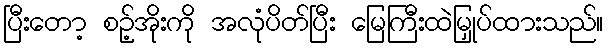
ပြီးတော့ စဉ့်အိုးကို အလုံပိတ်ပြီး မြေကြီးထဲမြှုပ်ထားသည်။